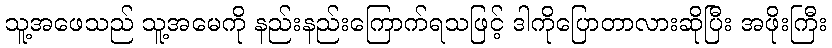
သူ့အဖေသည် သူ့အမေကို နည်းနည်းကြောက်ရသဖြင့် ဒါကိုပြောတာလားဆိုပြီး အဖိုးကြီး